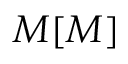
M [ M ]